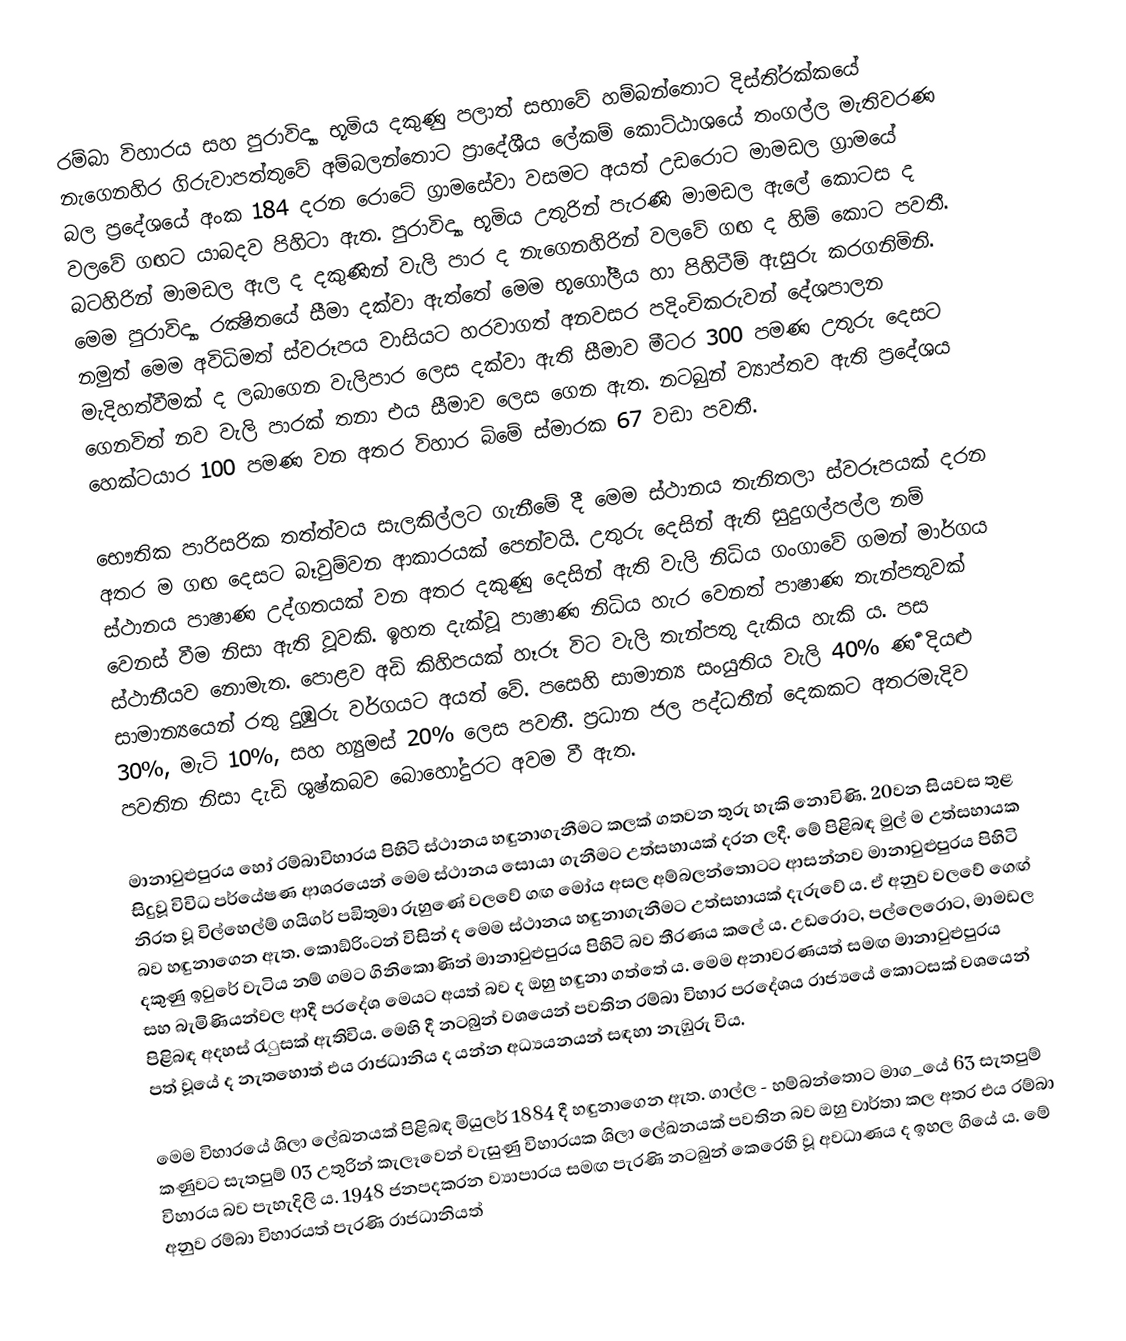
රම්බා විහාරය සහ පුරාවිද්‍යා භූමිය දකුණු පලාත් සභාවේ හම්බන්තොට දිස්ති‍්‍රක්කයේ නැගෙනහිර ගිරුවාපත්තුවේ අම්බලන්තොට ප‍්‍රාදේශීය ලේකම් කොට්ඨාශයේ තංගල්ල මැතිවරණ බල ප‍්‍රදේශයේ අංක 184 දරන රොටේ ග‍්‍රාමසේවා වසමට අයත් උඩරොට මාමඩල ග‍්‍රාමයේ වලවේ ගඟට යාබදව පිහිටා ඇත. පුරාවිද්‍යා භූමිය උතුරින් පැරණි මාමඩල ඇලේ කොටස ද බටහිරින් මාමඩල ඇල ද  දකුණින් වැලි පාර ද නැගෙනහිරින් වලවේ ගඟ ද හිම් කොට පවතී. මෙම පුරාවිද්‍යා රක්‍ෂිතයේ සීමා දක්වා ඇත්තේ මෙම භූගෝලීය හා පිහිටීම් ඇසුරු කරගනිමිනි. නමුත් මෙම අවිධිමත් ස්වරූපය වාසියට හරවාගත් අනවසර පදිංචිකරුවන් දේශපාලන මැදිහත්වීමක් ද ලබාගෙන වැලිපාර ලෙස දක්වා ඇති සීමාව මීටර 300 පමණ උතුරු දෙසට ගෙනවිත් නව වැලි පාරක් තනා එය සීමාව ලෙස ගෙන ඇත. නටබුන් ව්‍යාප්තව ඇති ප‍්‍රදේශය හෙක්ටයාර 100 පමණ වන අතර විහාර බිමේ ස්මාරක 67 වඩා පවතී.

භෞතික පාරිසරික තත්ත්වය සැලකිල්ලට ගැනීමේ දී මෙම ස්ථානය තැනිතලා ස්වරූපයක් දරන අතර ම ගඟ දෙසට බෑවුම්වන ආකාරයක් පෙන්වයි. උතුරු දෙසින් ඇති සුදුගල්පල්ල නම් ස්ථානය පාෂාණ උද්ගතයක් වන අතර දකුණු දෙසින් ඇති වැලි නිධිය ගංගාවේ ගමන් මාර්ගය වෙනස් වීම නිසා ඇති වූවකි. ඉහත දැක්වූ පාෂාණ නිධිය හැර වෙනත් පාෂාණ තැන්පතුවක් ස්ථානීයව නොමැත. පොළව අඩි කිහිපයක් හෑරූ විට වැලි තැන්පතු දැකිය හැකි ය. පස සාමාන්‍යයෙන් රතු දුඹුරු වර්ගයට අයත් වේ. පසෙහි සාමාන්‍ය සංයුතිය වැලි 40‍%  ර්‍ණ දියළු 30%, මැටි 10‍%, සහ හ්‍යුමස් 20% ලෙස පවතී. ප‍්‍රධාන ජල පද්ධතීන් දෙකකට අතරමැදිව පවතින නිසා දැඩි ශුෂ්කබව බොහෝදුරට අවම වී ඇත.

මානාවුළුපුරය හෝ රම්බාවිහාරය පිහිටි ස්ථානය හඳුනාගැනීමට කලක් ගතවන තුරු හැකි නොවිණි. 20වන සියවස තුළ සිදුවූ විවිධ පර්යේෂණ ආශ‍්‍රයෙන් මෙම ස්ථානය සොයා ගැනීමට උත්සහායක් දරන ලදී. මේ පිළිබඳ මුල් ම උත්සහායක නිරත වූ විල්හෙල්ම් ගයිගර් පඞිතුමා රුහුණේ වලවේ ගඟ මෝය අසල අම්බලන්තොටට ආසන්නව මානාවුළුපුරය පිහිටි බව හඳුනාගෙන ඇත. කොඞ්රිංටන් විසින් ද මෙම ස්ථානය හඳුනාගැනීමට උත්සහායක් දැරුවේ ය. ඒ අනුව වලවේ ගෙඟ් දකුණු ඉවුරේ වැටිය නම් ගමට ගිනිකොණින් මානාවුළුපුරය පිහිටි බව තීරණය කලේ ය. උඩරොට, පල්ලෙරොට, මාමඩල සහ බැමිණියන්වල ආදී ප‍්‍රදේශ මෙයට අයත් බව ද ඔහු හඳුනා ගත්තේ ය. මෙම අනාවරණයත් සමඟ මානාවුළුපුරය පිළිබඳ අදහස් රැුසක් ඇතිවිය. මෙහි දී නටබුන් වශයෙන් පවතින රම්බා විහාර ප‍්‍රදේශය රාජ්‍යයේ කොටසක් වශයෙන් පත් වූයේ ද නැතහොත් එය රාජධානිය ද යන්න අධ්‍යයනයන් සඳහා නැඹුරු විය.

මෙම විහාරයේ ශිලා ලේඛනයක් පිළිබඳ මියුලර් 1884 දී හඳුනාගෙන ඇත. ගාල්ල - හම්බන්තොට මාග_යේ 63 සැතපුම් කණුවට සැතපුම් 03 උතුරින් කැලෑවෙන් වැසුණු විහාරයක ශිලා ලේඛනයක් පවතින බව ඔහු වාර්තා කල අතර එය රම්බා විහාරය බව පැහැදිලි ය. 1948 ජනපදකරන ව්‍යාපාරය සමඟ පැරණි නටබුන් කෙරෙහි වූ අවධාණය ද ඉහල ගියේ ය. මේ අනුව රම්බා විහාරයත් පැරණි රාජධානියත්